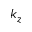
k _ { z }